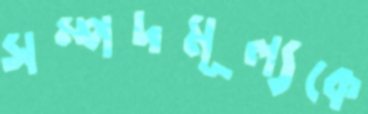
সম্পদমূল্যকে